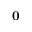
\mathbf { 0 }